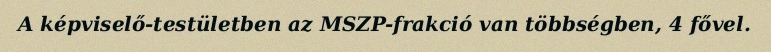
A képviselő-testületben az MSZP-frakció van többségben, 4 fővel.